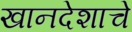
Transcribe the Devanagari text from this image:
खानदेशाचे